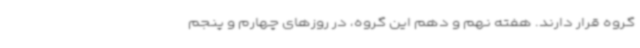
گروه قرار دارند. هفته نهم و دهم این گروه، در روزهای چهارم و پنجم